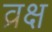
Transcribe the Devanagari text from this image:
व्रक्ष